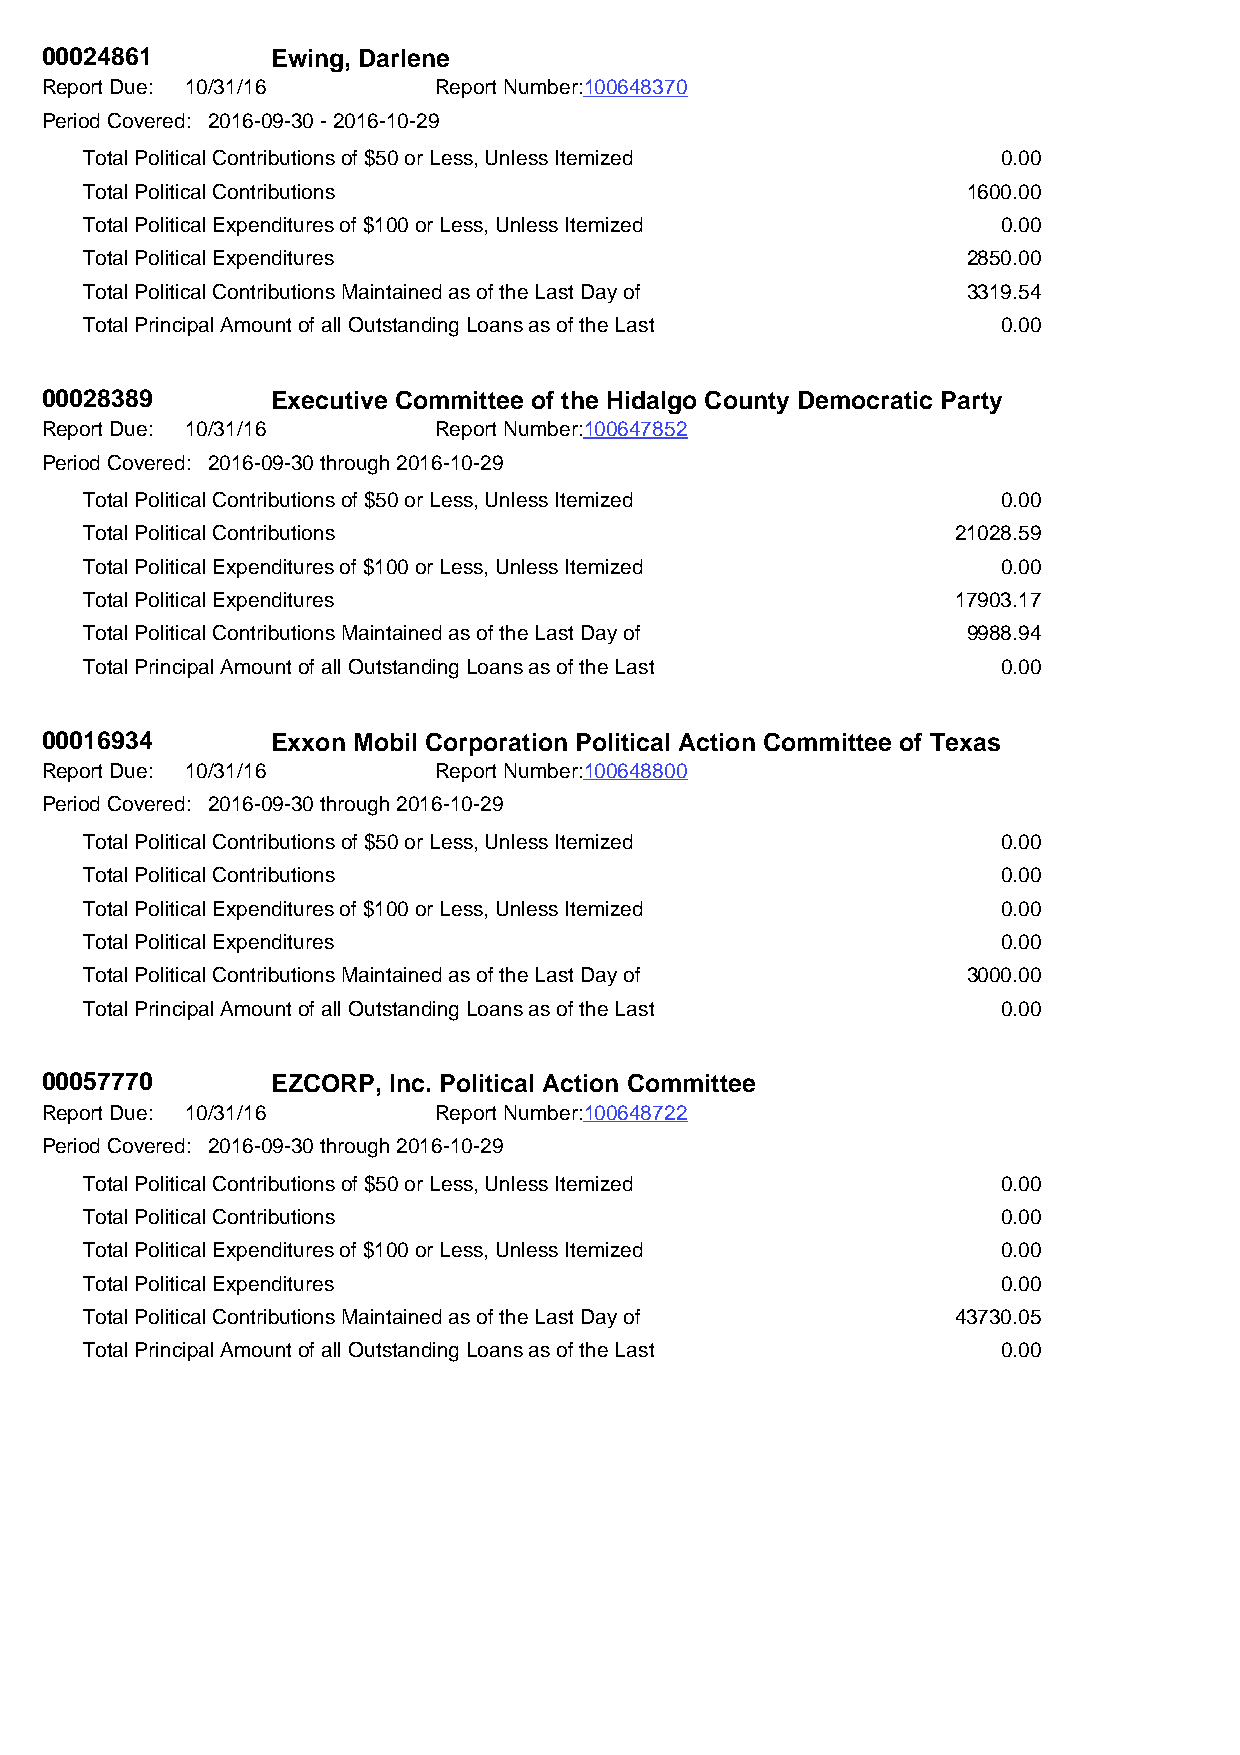
00024861       Ewing, Darlene
 Report Due: 10/31/16      Report Number:100648370
 Period Covered: 2016-09-30 - 2016-10-29
 Total Political Contributions of $50 or Less, Unless Itemized 0.00
 Total Political Contributions                             1600.00
 Total Political Expenditures of $100 or Less, Unless Itemized 0.00
 Total Political Expenditures                              2850.00
 Total Political Contributions Maintained as of the Last Day of 3319.54
 Total Principal Amount of all Outstanding Loans as of the Last 0.00
 00028389       Executive Committee of the Hidalgo County Democratic Party
 Report Due: 10/31/16      Report Number:100647852
 Period Covered: 2016-09-30 through 2016-10-29
 Total Political Contributions of $50 or Less, Unless Itemized 0.00
 Total Political Contributions                            21028.59
 Total Political Expenditures of $100 or Less, Unless Itemized 0.00
 Total Political Expenditures                             17903.17
 Total Political Contributions Maintained as of the Last Day of 9988.94
 Total Principal Amount of all Outstanding Loans as of the Last 0.00
 00016934       Exxon Mobil Corporation Political Action Committee of Texas
 Report Due: 10/31/16      Report Number:100648800
 Period Covered: 2016-09-30 through 2016-10-29
 Total Political Contributions of $50 or Less, Unless Itemized 0.00
 Total Political Contributions                               0.00
 Total Political Expenditures of $100 or Less, Unless Itemized 0.00
 Total Political Expenditures                                0.00
 Total Political Contributions Maintained as of the Last Day of 3000.00
 Total Principal Amount of all Outstanding Loans as of the Last 0.00
 00057770       EZCORP, Inc. Political Action Committee
 Report Due: 10/31/16      Report Number:100648722
 Period Covered: 2016-09-30 through 2016-10-29
 Total Political Contributions of $50 or Less, Unless Itemized 0.00
 Total Political Contributions                               0.00
 Total Political Expenditures of $100 or Less, Unless Itemized 0.00
 Total Political Expenditures                                0.00
 Total Political Contributions Maintained as of the Last Day of 43730.05
 Total Principal Amount of all Outstanding Loans as of the Last 0.00